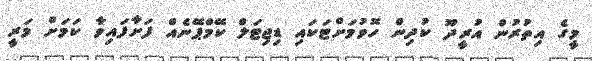
މީގެ އިތުރުން އުރީދޫ ކުދިން ހޮވުމަށްޓަކައި ޑިޖިޓަލް ކޭމްޕޭނެއް ފަށާފައިވާ ކަމަށް މަރީ